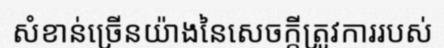
សំខាន់ច្រើនយ៉ាងនៃសេចក្តីត្រូវការរបស់